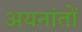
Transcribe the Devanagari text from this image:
अयनांतों